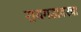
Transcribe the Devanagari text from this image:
रायगडावरचा